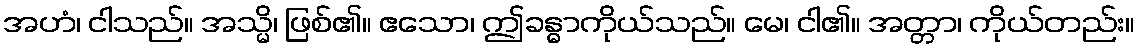
အဟံ၊ ငါသည်။ အသ္မိ၊ ဖြစ်၏။ ဧသော၊ ဤခန္ဓာကိုယ်သည်။ မေ၊ ငါ၏။ အတ္တာ၊ ကိုယ်တည်း။